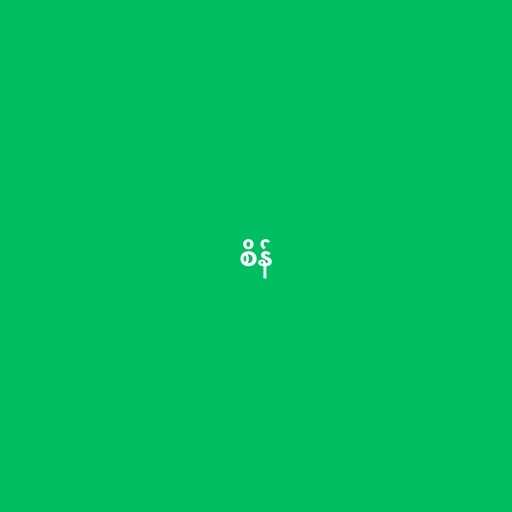
စိန်